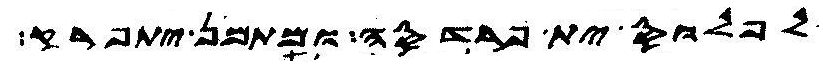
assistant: לפלוס ית פרדסה ומתמן יתפרק